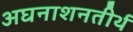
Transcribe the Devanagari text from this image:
अघनाशनतीर्थ